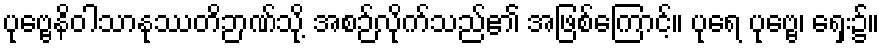
ပုဗ္ဗေနိဝါသာနုဿတိဉာဏ်သို့ အစဉ်လိုက်သည်၏ အဖြစ်ကြောင့်။ ပုရေ ပုဗ္ဗေ၊ ရှေး၌။